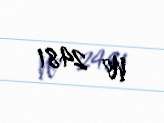
№ 2481